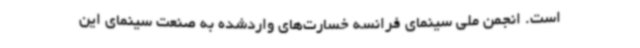
است. انجمن ملی سینمای فرانسه خسارت‌های واردشده به صنعت سینمای این